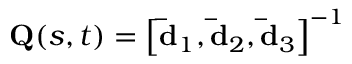
\mathbf { Q } ( s , t ) = \left[ \mathbf { \bar { d } } _ { 1 } , \mathbf { \bar { d } } _ { 2 } , \mathbf { \bar { d } } _ { 3 } \right] ^ { - 1 }